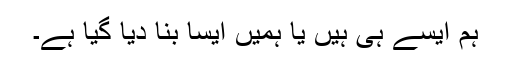
ہم ایسے ہی ہیں یا ہمیں ایسا بنا دیا گیا ہے۔